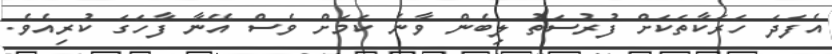
އެފަދަ ހަރަކާތަކަށް ފުރުސަތު ލިބެން ވާނެ ކަމަށް ވެސް އޭނާ ފާހަގަ ކުރިއެވެ.